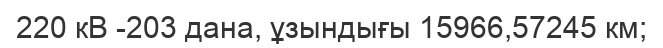
220 кВ -203 дана, ұзындығы 15966,57245 км;